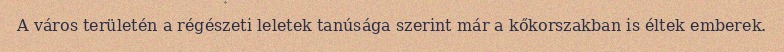
A város területén a régészeti leletek tanúsága szerint már a kőkorszakban is éltek emberek.